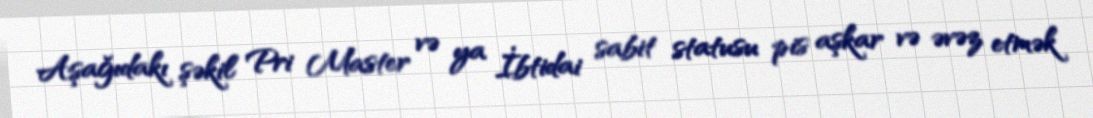
Aşağıdakı şəkil Pri Master və ya İbtidai sabit statusu pis aşkar və əvəz etmək